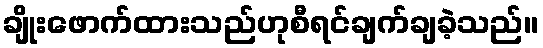
ချိုးဖောက်ထားသည်ဟုစီရင်ချက်ချခဲ့သည်။